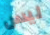
ليس